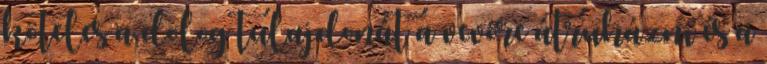
köteles a dolog tulajdonát a vevőre átruházni és a